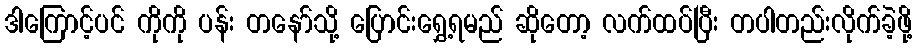
ဒါကြောင့်ပင် ကိုကို ပန်း တနော်သို့ ပြောင်းရွှေ့ရမည် ဆိုတော့ လက်ထပ်ပြီး တပါတည်းလိုက်ခဲ့ဖို့